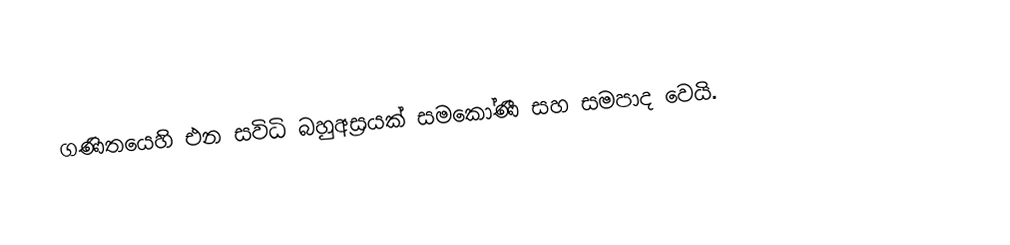
ගණිතයෙහි එන සවිධි බහුඅස්‍රයක් සමකෝණී සහ සමපාද වෙයි.